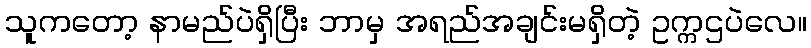
သူကတော့ နာမည်ပဲရှိပြီး ဘာမှ အရည်အချင်းမရှိတဲ့ ဥက္ကဌပဲလေ။